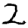
Digit: 2